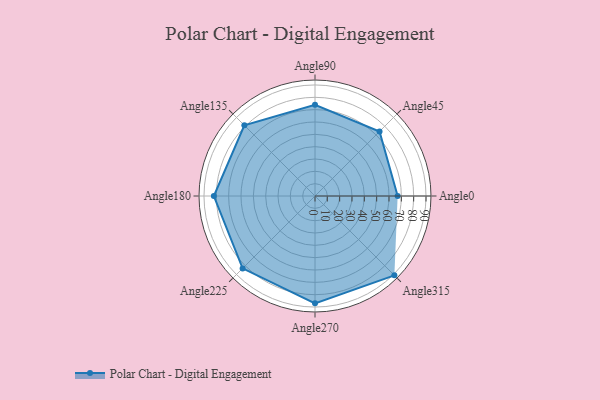
{"axis": {"x": "Angle", "y": "Radius"}, "legend": [""], "data": [{"x": "Angle0", "y": 67.0, "type": ""}, {"x": "Angle45", "y": 74.0, "type": ""}, {"x": "Angle90", "y": 74.0, "type": ""}, {"x": "Angle135", "y": 81.0, "type": ""}, {"x": "Angle180", "y": 82.0, "type": ""}, {"x": "Angle225", "y": 83.0, "type": ""}, {"x": "Angle270", "y": 87.0, "type": ""}, {"x": "Angle315", "y": 91.0, "type": ""}]}